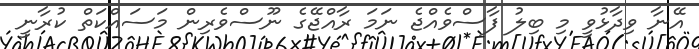
އޭނާ ވިދާޅުވީ މި ބިލު ފާސްވެއްޖެ ނަމަ ރާއްޖޭގެ ނޫސްވެރިން މަސައްކަތް ކުރާނީ